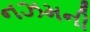
નઝમની